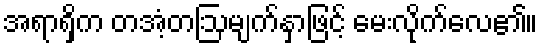
အရာရှိက တအံ့တဩမျက်နှာဖြင့် မေးလိုက်လေ၏။